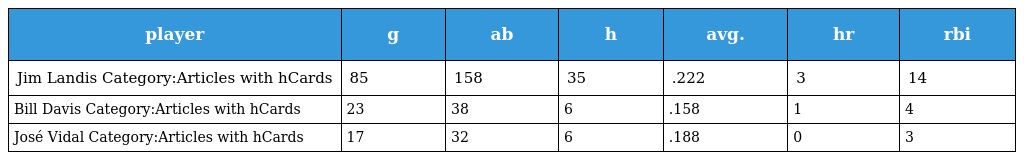
| player | g | ab | h | avg. | hr | rbi |
 | --- | --- | --- | --- | --- | --- | --- |
 | Jim Landis Category:Articles with hCards | 85 | 158 | 35 | .222 | 3 | 14 |
 | Bill Davis Category:Articles with hCards | 23 | 38 | 6 | .158 | 1 | 4 |
 | José Vidal Category:Articles with hCards | 17 | 32 | 6 | .188 | 0 | 3 |